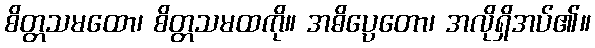
စိတ္တသမထော၊ စိတ္တသမထကို။ အဓိပ္ပေတော၊ အလိုရှိအပ်၏။